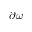
\partial \omega